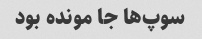
سوپ‌ها جا مونده بود